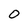
Character: 0